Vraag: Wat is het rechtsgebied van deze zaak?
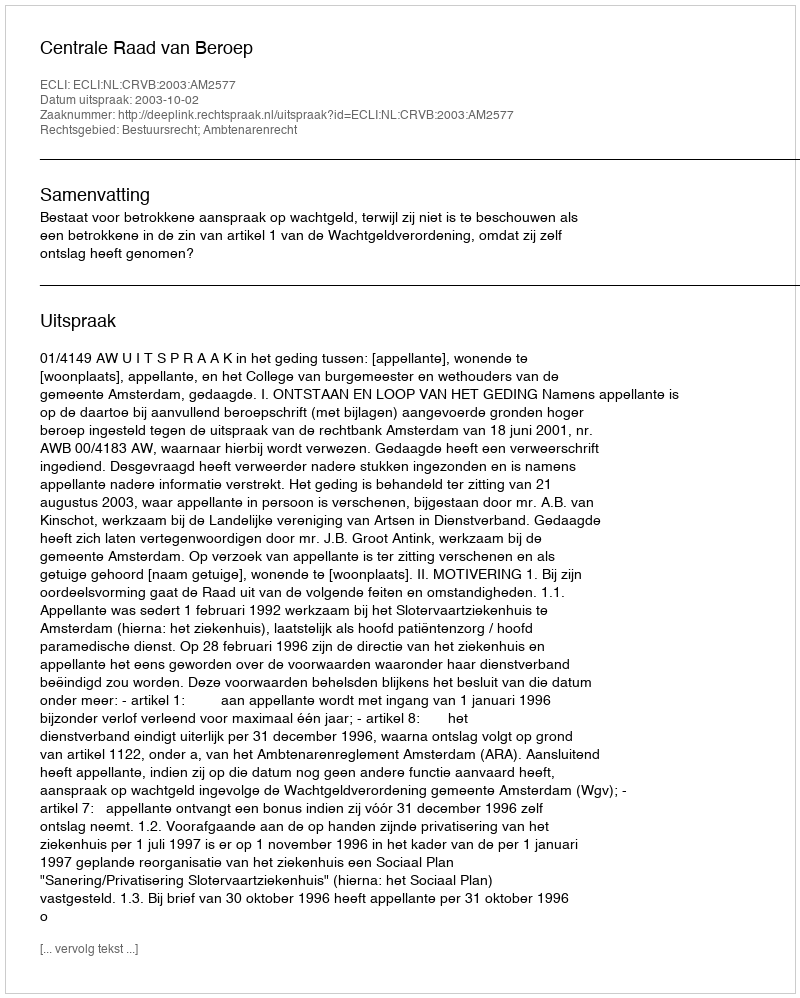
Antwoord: Bestuursrecht; Ambtenarenrecht